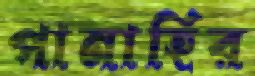
পানাহির